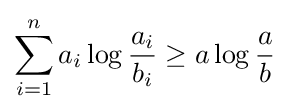
\sum _{i=1}^{n}a_{i}\log {\frac {a_{i}}{b_{i}}}\geq a\log {\frac {a}{b}}